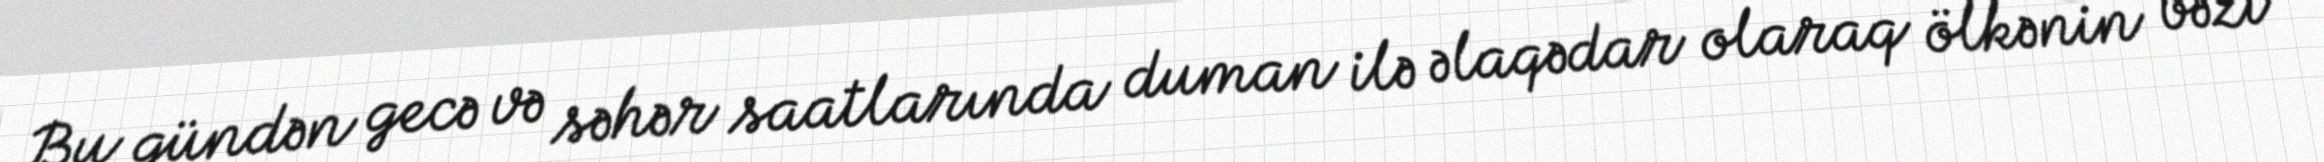
Bu gündən gecə və səhər saatlarında duman ilə əlaqədar olaraq ölkənin bəzi